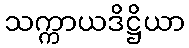
သက္ကာယဒိဋ္ဌိယာ